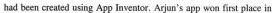
had been created using App Inventor. Arjun's app won fist place in